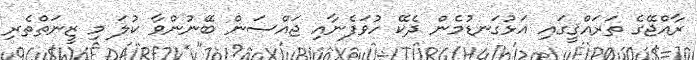
ރާއްޖޭގެ ތަރައްޤީގައި އަޅުގަނޑުމެން ދެކޭ ހުވަފެނާއި ޖައްސަން ބޭނުންވާ ކުލަ މި ޒީނަތްތެރި